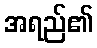
အရည်၏